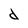
Character: d